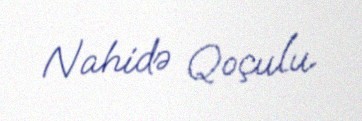
Nahidə Qoçulu